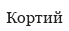
Кортий